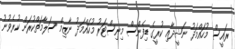
ރައީސް މުހައްމަދު ނަޝީދާއި ކުރީގެ ޑިފެންސް މިނިސްޓަރު މުހައްމަދު ނާޒިމް ސަލާމަތްކުރަން ކުރެވުނު